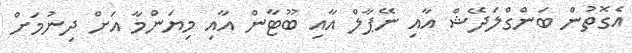
އެގޮތުން ބަންގްލަދޭޝް އާއި ނޭޕާލް އާއި ބޫޓާން އާއި މިޔަންމާ އަށް ދިނުމަށް